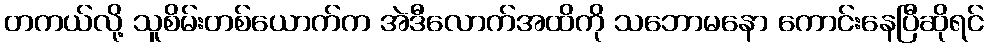
တကယ်လို့ သူစိမ်းတစ်ယောက်က အဲဒီလောက်အထိကို သဘောမနော ကောင်းနေပြီဆိုရင်